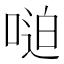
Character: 𫪼